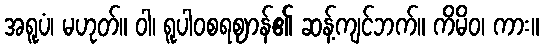
အရူပံ၊ မဟုတ်။ ဝါ၊ ရူပါဝစရဈာန်၏ ဆန့်ကျင်ဘက်။ ကိမိဝ၊ ကား။